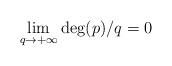
LaTeX: \begin{align*} \lim_{q\to+\infty} \deg(p)/q=0\end{align*}